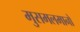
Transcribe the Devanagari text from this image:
मुसमलमानों